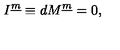
I ^ { \underline { { m } } } \equiv d M ^ { \underline { { m } } } = 0 ,